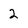
Character: 2